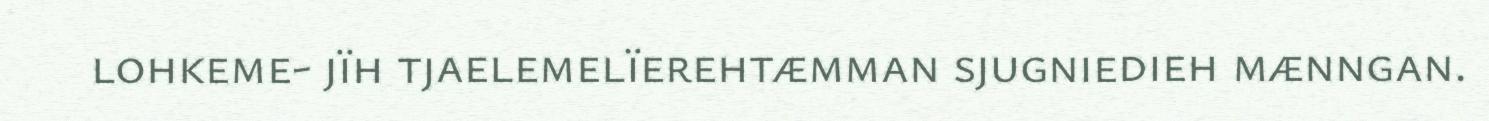
lohkeme- jïh tjaelemelïerehtæmman sjugniedieh mænngan.